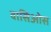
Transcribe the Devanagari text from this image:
वासिओस